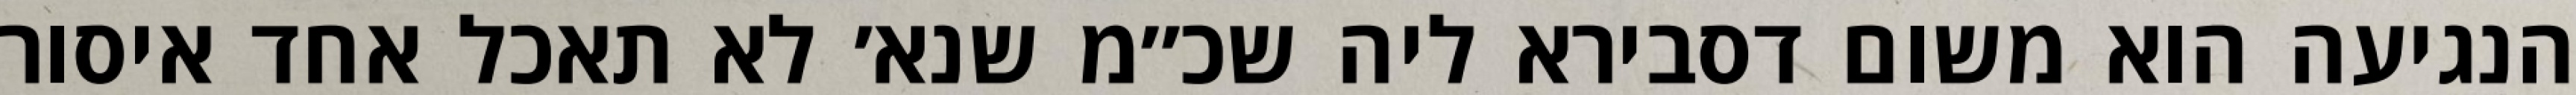
הנגיעה הוא משום דסבירא ליה שכ״מ שנא׳ לא תאכל אחד איסור